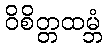
ဝိစိတ္တထမ္ဘံ